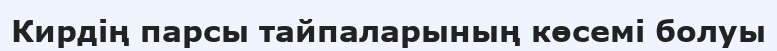
Кирдің парсы тайпаларының көсемі болуы